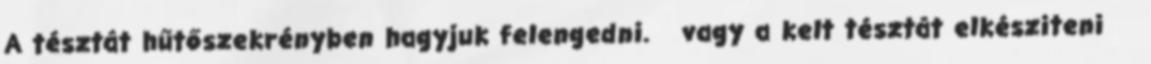
A tésztát hűtőszekrényben hagyjuk felengedni. vagy a kelt tésztát elkésziteni